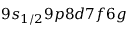
9 s _ { 1 / 2 } 9 p 8 d 7 f 6 g